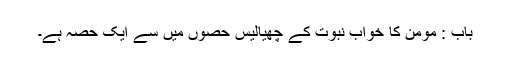
باب : مومن کا خواب نبوت کے چھیالیس حصوں میں سے ایک حصہ ہے۔